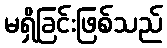
မရှိခြင်းဖြစ်သည်